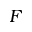
F